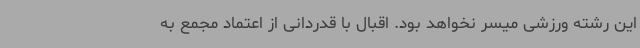
این رشته ورزشی میسر نخواهد بود. اقبال با قدردانی از اعتماد مجمع به